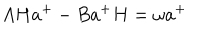
A H a ^ { + } - B a ^ { + } H = \omega a ^ { + }